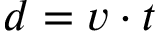
d = v \cdot t